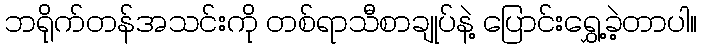
ဘရိုက်တန်အသင်းကို တစ်ရာသီစာချုပ်နဲ့ ပြောင်းရွှေ့ခဲ့တာပါ။